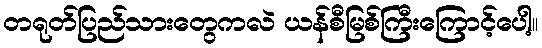
တရုတ်ပြည်သားတွေကလဲ ယန်စီမြစ်ကြီးကြောင့်ပေါ့။